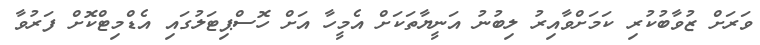
ވަރަށް ޒުވާބުކުރި ކަމަށްވާއިރު ލިބުނު އަނީޔާތަކަށް އެމީހާ އަށް ހޮސްޕިޓަލުގައި އެޑްމިޓްކޮށް ފަރުވާ